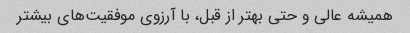
همیشه عالی و حتی بهتر از قبل، با آرزوی موفقیت‌های بیشتر